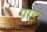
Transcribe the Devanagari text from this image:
पाडूं